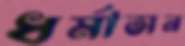
ধর্মাসন